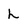
Character: L